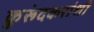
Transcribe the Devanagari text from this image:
कुरूंदकरांशी